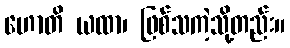
ဟောတိ ယထာ၊ ဖြစ်သကဲ့သို့တည်း။